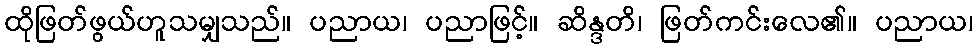
ထိုဖြတ်ဖွယ်ဟူသမျှသည်။ ပညာယ၊ ပညာဖြင့်။ ဆိန္ဒတိ၊ ဖြတ်ကင်းလေ၏။ ပညာယ၊